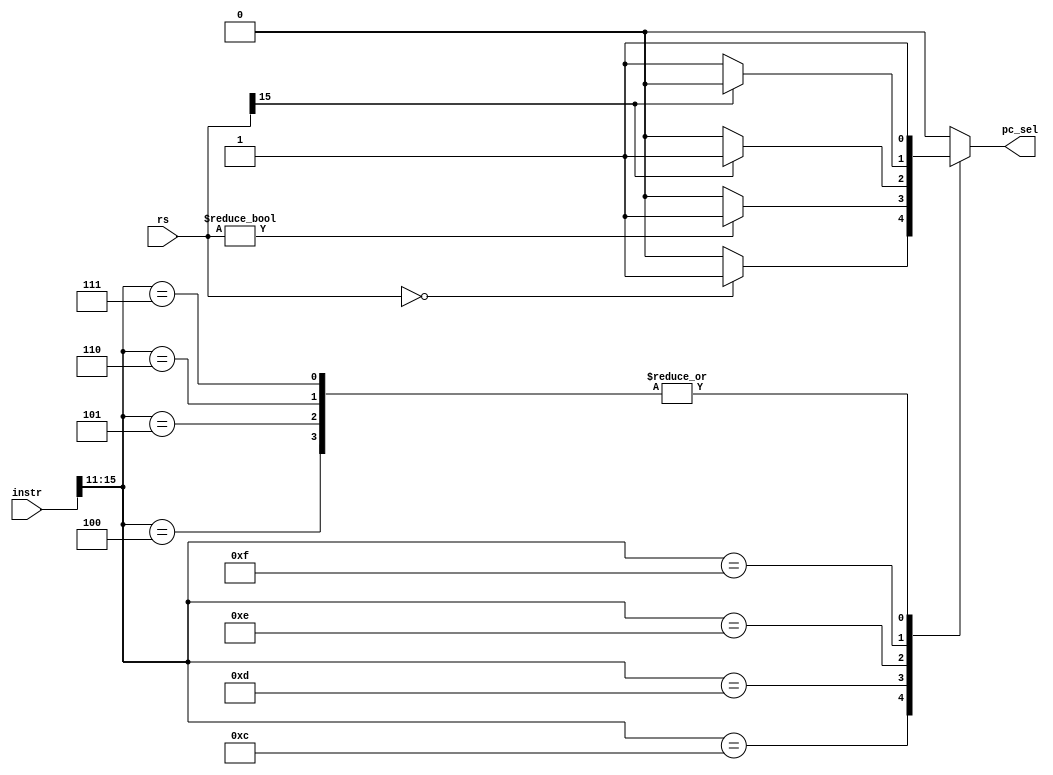
module pc_ctrl(instr,rs,pc_sel);

input [15:0]instr;
input [15:0]rs; 
output reg pc_sel; //1->jump, 0-> pc+2

always@*begin 
	case(instr[15:11])
	5'b01100:begin //BEQZ
		pc_sel=(rs==16'h0)?1:0;
	end
	5'b01101:begin//BNEZ
		pc_sel=(rs!=16'h0)?1:0;
	end

	5'b01110:begin//BLTZ
		pc_sel=(rs[15]==1'b1)?1:0;
	end

	5'b01111:begin//BGEZ
		pc_sel=(rs[15]!=1'b1)?1:0;
	end

	5'b00100:begin//J always jump 
		pc_sel=1;
	end

	5'b00101: begin //JR
		pc_sel = 1;
	end

	5'b00110:begin//JAL always jump 
		pc_sel=1;
	end

	5'b00111: begin // JALR
		pc_sel = 1;
	end

	default:begin
		pc_sel=0;
	end
	endcase
end 
endmodule